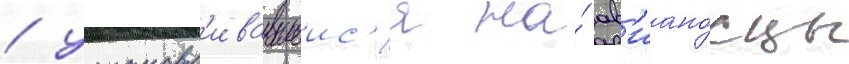
/ устанавл'ивавшеис'я на́ ав'иано́сцы